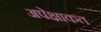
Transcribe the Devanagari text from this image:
अपेक्षाकत